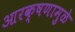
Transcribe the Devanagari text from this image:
आरक्षणामुळे